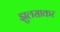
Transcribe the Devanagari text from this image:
झुलसाकर